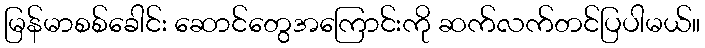
မြန်မာစစ်ခေါင်း ဆောင်တွေအကြောင်းကို ဆက်လက်တင်ပြပါမယ်။